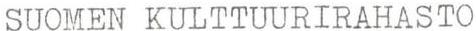
SUOMEN KULTTUURIRAHASTO